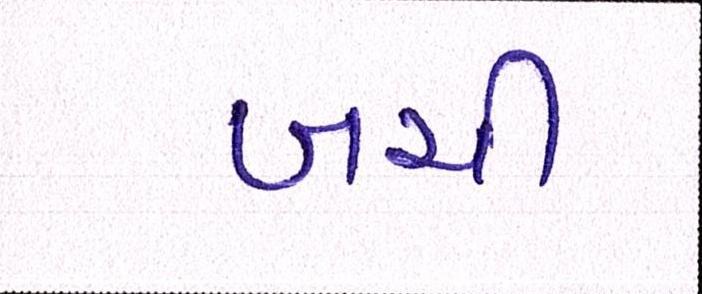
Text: બચી